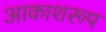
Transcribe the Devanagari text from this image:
आकाशरूप